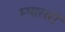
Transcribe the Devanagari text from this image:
म्षासरों